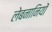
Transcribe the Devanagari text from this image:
लेबनानियों